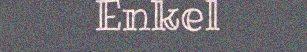
Enkel